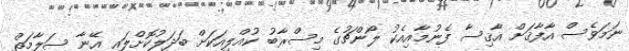
ނަމަވެސް އާފާޤަށް އާޤިސާ ފެނުމާއިއެކު ލޯންޗުގެ މިސްރާބު ކުއްލިއަކަށް ބަދަލުކޮށްލައި އޭނާ ސަލާމަތް